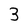
Character: 3